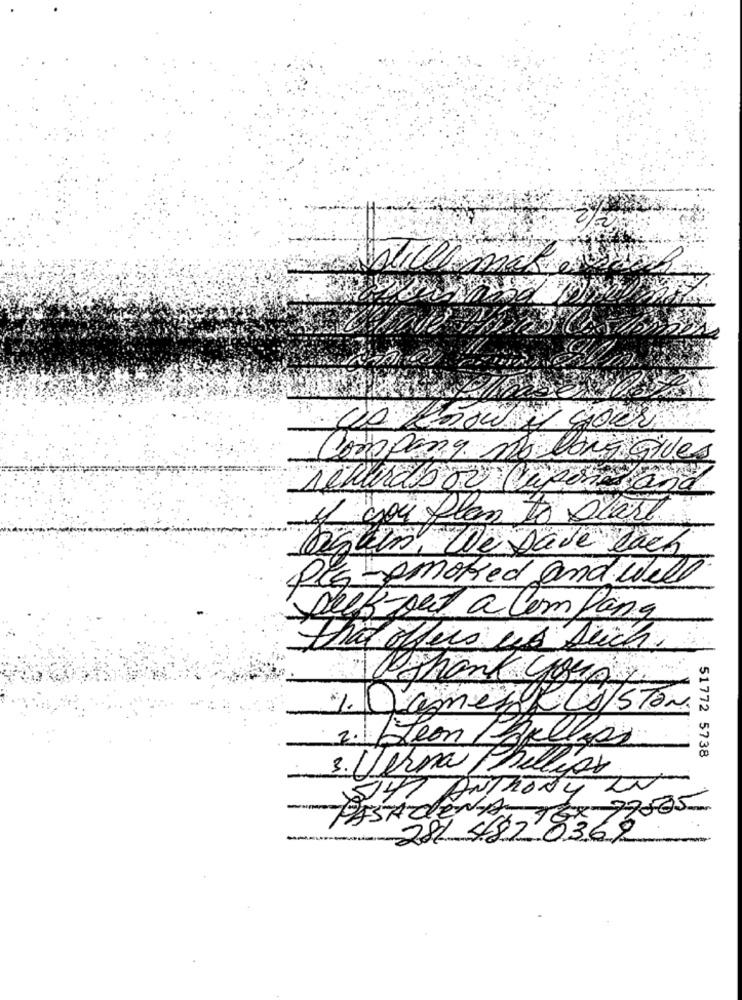
us know if your
Company mo lona gives
rewardbor (upor ana
If you plan to start
Agli, We säve bach
Pla-smoked and well
Deep-out a Company
that offers us seich.
Distant crous
% Dament (A/STon
2. Steon /Aplleps
51772 5738
3. Verna Phillips
547 ANTHONY UN
77585
PASADENA TEXT
281 4828362